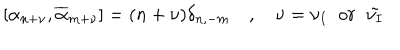
LaTeX: [ \alpha _ { n + \nu } , \overline { { { \alpha } } } _ { m + \nu } ] = ( n + \nu ) \delta _ { n , - m } \quad , \quad \nu = \nu _ { I } \; \; o r \; \; \tilde { \nu _ { I } }